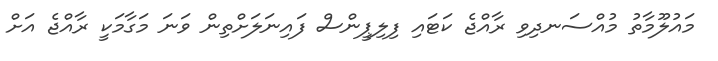
މައުލޫމާތު މުއްސަނދިވި ރާއްޖެ ކަޓައި ފިލިޕީންސް ފައިނަލަށްތިން ވަނަ މަގާމަކީ ރާއްޖެ އަށް